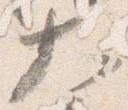
大